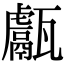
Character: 甗